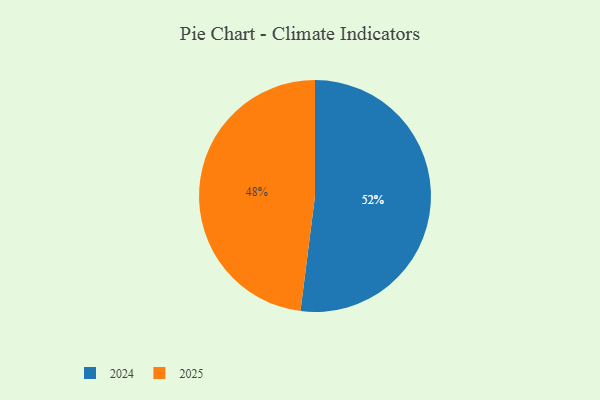
{"axis": {"x": "Category", "y": "Percentage"}, "legend": ["2024", "2025"], "data": [{"x": "2024", "y": 52, "type": "2024"}, {"x": "2025", "y": 48, "type": "2025"}]}